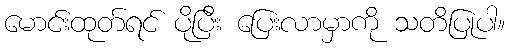
မောင်းထုတ်ရင် ပိုပြီး ပြေးလာမှာကို သတိပြုပါ။